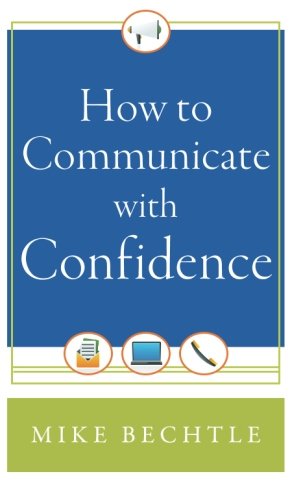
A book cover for How to Communicate with Confidence; Mike Bechtle; Reference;